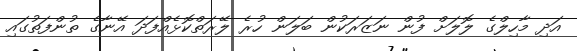
އަދި މާހިލްގެ ލޮލަށް ފުން ނަޒަރަކުން ބަލަން ހުރެ ލޭރަތްކޮޅެއްފަދަ އޭނާގެ ތުންފަތުގައި